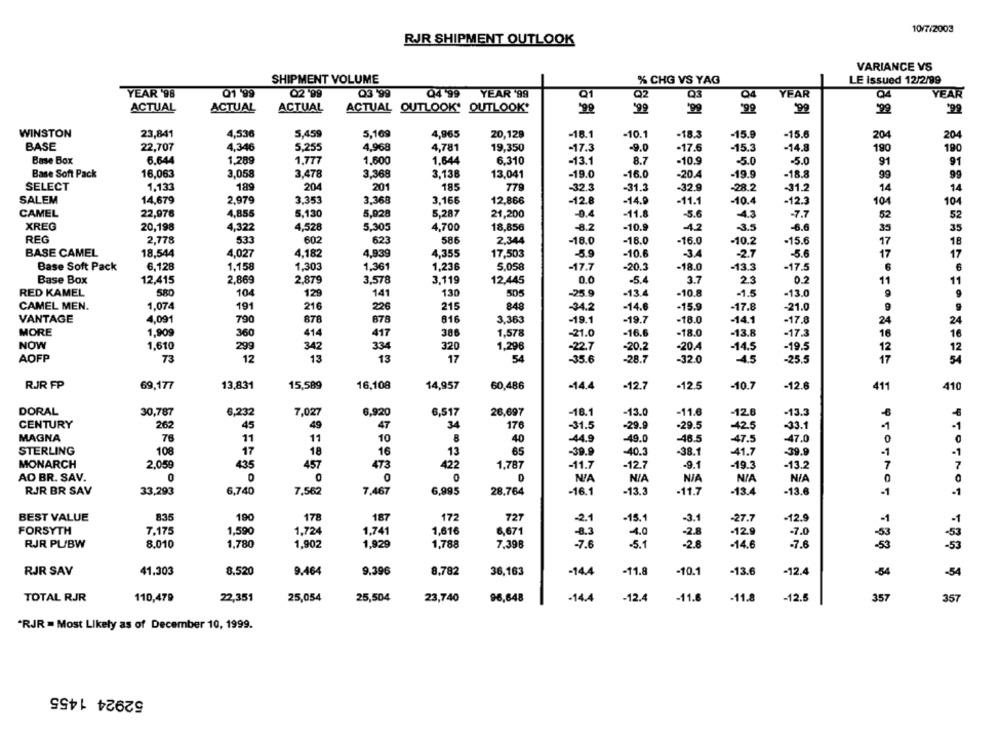
10/7/2003
RJR SHIPMENT OUTLOOK
VARIANCE VS
SHIPMENT VOLUME
% CHG VS YAG
LE issued 12/2/99
YEAR '98
Q1 99
Q2 '99
Q3 99
Q4 99 YEAR '99
Q1
02
Q3
Q4
YEAR
Q4
YEAR
ACTUAL
ACTUAL
ACTUAL
ACTUAL OUTLOOK. OUTLOOK*
199
.99
WINSTON
23,841
4,536
5,459
5,109
4,965
-18.1
-10.1
-18.3
-15.9
20,129
-15.6
204
204
BASE
22,707
4,346
5,255
4,968
4,781
19,350
-17.3
-9.0
-17.6
-15.3
-14.8
190
190
Base Box
6.644
1,289
1,777
1.600
1.644
6.310
-13.1
8.7
-10.9
-5.0
-5.0
91
91
Base Soft Pack
16,063
3,058
3,478
3.368
3,138
13,041
-19.0
-16.0
-20.4
-19.9
-18.8
99
99
1.133
204
201
779
-329
SELECT
189
185
-32.3
-31.2
-28.2
-31.2
14
14
SALEM
14,679
2,979
3.353
3.368
3,166
12,866
-12.8
-14.9
-11.1
-10.4
-12.3
101
104
CAMEL
22,976
4,855
5,130
5,928
5,287
21,200
-0.4
-11.8
-5.6
4.3
-7.7
52
52
XREG
20,198
4,322
4,528
5.305
4,700
18,856
-8.2
-10.9
-4.2
-3.5
-6.6
35
REG
2,778
533
602
623
586
2,344
-18.0
-18.0
-16.0
-10.2
-15.6
17
BASE CAMEL
4,027
4,182
4,939
4,355
17,503
-10.6
-2.7
17
18,544
-5.9
-34
-5.6
Base Soft Pack
6.128
1,158
1,303
1.361
1,236
5.058
-17.7
-20.5
-18.0
-13.3
-17.5
Base Box
12,415
2,869
2,879
3,578
3.119
12,445
0.0
-5.4
3.7
2.3
0.2
11
RED KAMEL
580
104
129
141
130
505
-25.9
-13.4
-10.8
-1.5
-13.0
1,074
19
216
226
848
CAMEL MEN.
215
-34.2
-14.6
-15.9
-17.8
-21.0
9
VANTAGE
4,091
878
678
816
3.363
-19.1
-19.7
-18.0
-14.1
790
-17.8
MORE
1,909
360
414
417
386
1,578
-21.0
-16.6
-18.0
-13.8
-17.3
NOW
1.610
299
342
334
320
1,296
-22.7
-20.2
-20.4
14.5
-19.5
AOFP
73
12
13
13
17
54
-35.6
-28.7
-32.0
-4.5
-25.5
RJR FP
69,177
13,831
15,589
16,108
14,957
60,486
-14.4
-10.7
-12.6
-12.7
-12.5
411
410
DORAL
30,787
6.232
7,027
6,920
6,517
26,697
-18.1
-13.0
-11.6
-12.8
-13.3
45
49
34
CENTURY
262
47
176
-31.5
-29.9
-29.5
425
-33.1
MAGNA
76
11
11
8
40
-44.9
-46.5
-47.5
-47.0
10
-49.0
0
STERLING
108
17
18
16
13
65
-39.9
-40.3
-38.1
-41.7
-39.9
.1
MONARCH
2.059
435
457
473
422
1,787
-11.7
-12.7
-9.1
-19.3
-13.2
7
AD BR. SAV.
0
0
0
0
RJR BR SAV
33,293
6,740
7.562
7,467
6,995
28,764
-16.1
-13.3
-11.7
-13.4
-13.6
-1
-1
BEST VALUE
835
190
178
187
172
727
-2.1
-15.1
-3.1
-27.7
-12.9
-1
FORSYTH
7.175
1,590
1,724
1,741
1,616
6,671
-8.3
-4.0
-2.8
-12.9
-7.0
-53
RJR PL/BW
8.010
1,780
1,902
1,929
1,788
7,398
-7.6
-5.1
-2.8
-14.6
-7.6
-53
RJR SAV
41.303
8.520
9.464
9.396
8.782
36,163
-14.4
-11.8
-10.1
-13.6
-12.4
-34
-54
TOTAL RJR
110,479
22,351
25,054
25,504
23,740
96,648
-14.4
-12.4
-11.6
-11.8
-12.5
357
35
"RJR . Most Likely as of December 10, 1999.
52924 1455